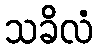
သခိလံ